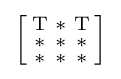
{\Bigl [}{\begin{smallmatrix}\mathrm {T} &\mathrm {*} &\mathrm {T} \\\mathrm {*} &\mathrm {*} &\mathrm {*} \\\mathrm {*} &\mathrm {*} &\mathrm {*} \end{smallmatrix}}{\Bigr ]}